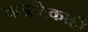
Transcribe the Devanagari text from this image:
वात्रटिकाही